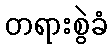
တရားစွဲခံ